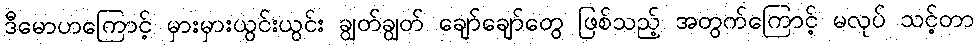
ဒီမောဟကြောင့် မှားမှားယွင်းယွင်း ချွတ်ချွတ် ချော်ချော်တွေ ဖြစ်သည့် အတွက်ကြောင့် မလုပ် သင့်တာ